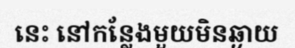
នេះ នៅកន្លែងមួយមិនឆ្ងាយ